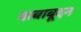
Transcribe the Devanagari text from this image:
बाबाबूदन